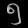
Digit: ၅